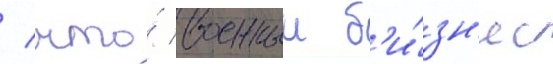
/ что́ военныи б'и́зн'ес